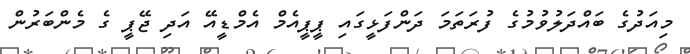
މިއަދުގެ ބައްދަލުވުމުގެ ފުރަތަމަ ދަންފަޅީގައި ޕީޕީއެމް އެމްޑީއޭ އަދި ޖޭޕީ ގެ މެންބަރުން